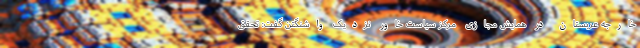
خارجه عربستان در همایش مجازی مرکز سیاست خاور نزدیک واشنگتن گفت: تحقق